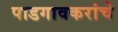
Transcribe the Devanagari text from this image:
पाडगावकरांचे